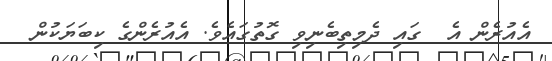
އެއުރެން އެ  ގައި ދެމިތިބެނިވި ގޮތުގައެވެ. އެއުރެންގެ ކިބަޔަކުން